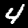
Digit: 4